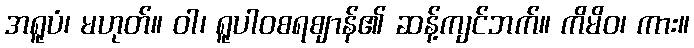
အရူပံ၊ မဟုတ်။ ဝါ၊ ရူပါဝစရဈာန်၏ ဆန့်ကျင်ဘက်။ ကိမိဝ၊ ကား။